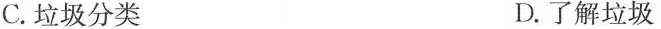
C.垃圾分类 D.了解垃圾